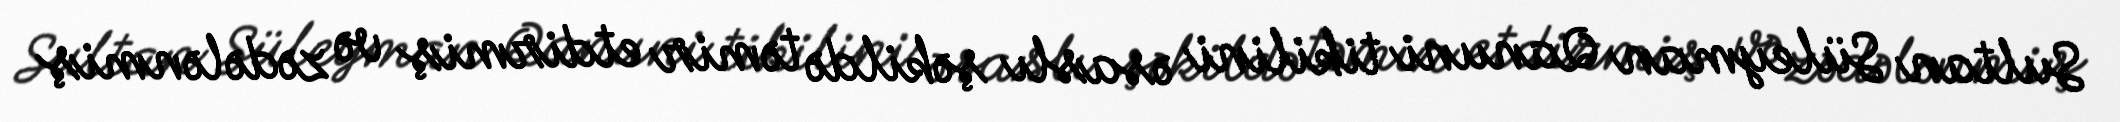
Sultan Süleyman Qanuni tikilini əsaslı şəkildə təmir etdirmiş və zədələnmiş